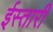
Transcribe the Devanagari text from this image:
ईस्तारी